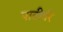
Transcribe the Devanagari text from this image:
पाटीर्वर